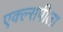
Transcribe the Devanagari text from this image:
एक्ल्सपीला